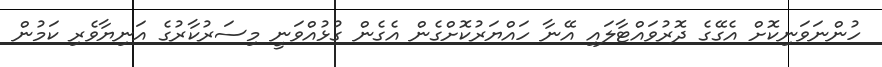
ހުންނަވަނިކޮށް އެގޭގެ ދޮރުވައްޓާލައި އޭނާ ހައްޔަރުކޮށްގެން އެގެން ގުޅުއްވަނީ މިސަރުކާރުގެ އަނިޔާވެރި ކަމުން